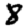
Digit: 8